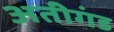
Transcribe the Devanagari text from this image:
अतीगंड